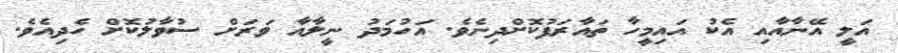
އަލީ އޭނާއާއި އެކު އައިމީހާ ތައާރަފުކޮށްދިނެވެ. އަހުމަދު ނީލާއާ ވަރަށް ސުވާލުކޮށް ހެދިއެވެ.